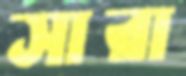
সারা